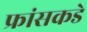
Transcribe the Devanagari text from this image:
फ्रांसकडे